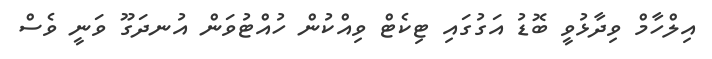
އިލްހާމް ވިދާޅުވީ ބޮޑު އަގުގައި ޓިކެޓް ވިއްކުން ހުއްޓުވަން އުނދަގޫ ވަނީ ވެސް